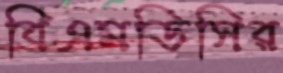
বিএমডিসির